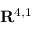
\mathbf { R } ^ { 4 , 1 }